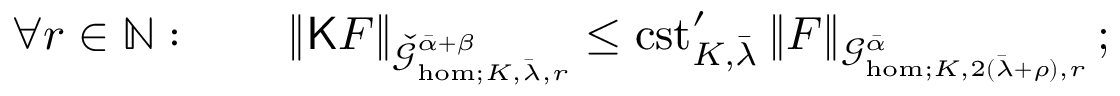
\forall r \in \mathbb { N } : \qquad \| \mathsf { K } F \| _ { \check { \mathcal { G } } _ { \mathrm { h o m } ; K , \bar { \lambda } , r } ^ { \bar { \alpha } + \beta } } \le \mathrm { c s t } _ { K , \bar { \lambda } } ^ { \prime } \, \| F \| _ { \mathcal { G } _ { \mathrm { h o m } ; K , 2 ( \bar { \lambda } + \rho ) , r } ^ { \bar { \alpha } } } \, ;